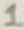
Text: 1